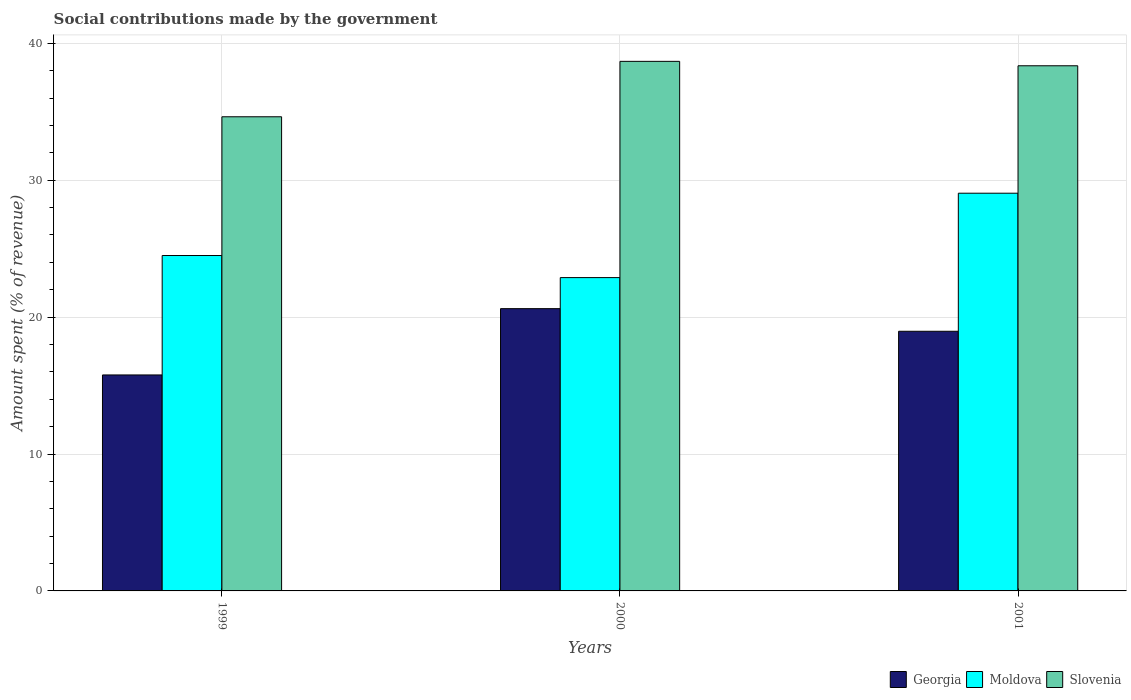
| Years | Georgia | Moldova | Slovenia |
 | --- | --- | --- | --- |
 | 1999 | 15.8 | 24.5 | 34.6 |
 | 2000 | 20.6 | 22.9 | 38.7 |
 | 2001 | 19 | 29 | 38.4 |